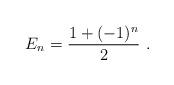
LaTeX: \begin{align*}E_{n} = \frac{1+(-1)^{n}}{2} ~.\end{align*}